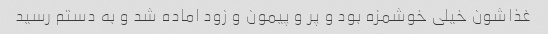
غذاشون خیلی خوشمزه بود و پر و پیمون و زود اماده شد و به دستم رسید